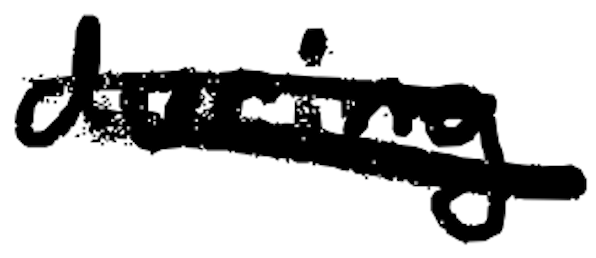
Text: during
Cross-out: double-line
Writing tool: digital_black